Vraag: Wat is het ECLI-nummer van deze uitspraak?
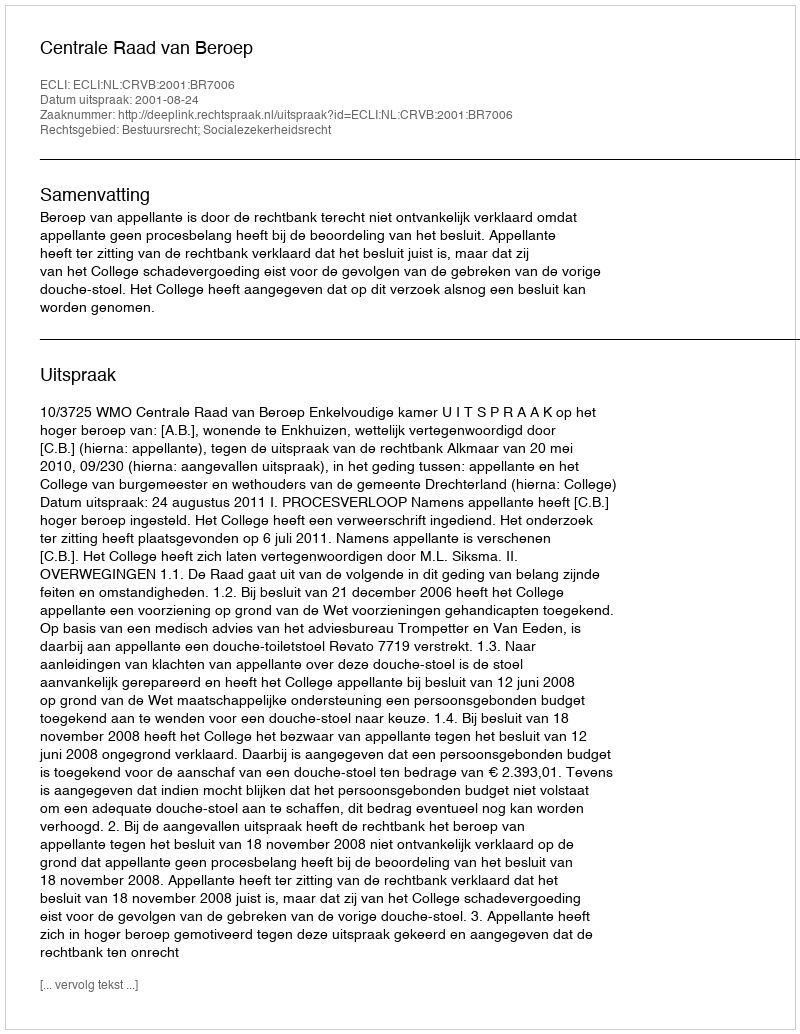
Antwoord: ECLI:NL:CRVB:2001:BR7006